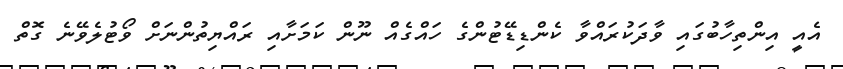
އެއީ އިންތިހާބުގައި ވާދަކުރައްވާ ކެންޑިޑޭޓުންގެ ހައްގެއް ނޫން ކަމަށާއި ރައްޔިތުންނަށް ވޯޓުލެވޭނެ ގޮތް